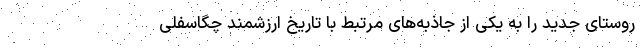
روستای جدید را به یکی از جاذبه‌های مرتبط با تاریخ ارزشمند چگاسفلی